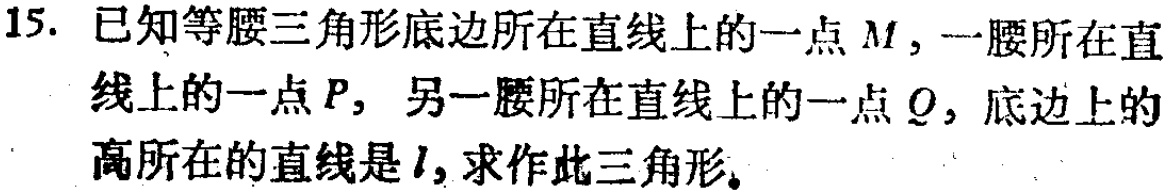
15. 已知等腰三角形底边所在直线上的一点 \(M\)，一腰所在直线上的一点 \(P\)，另一腰所在直线上的一点 \(Q\)，底边上的高所在的直线是 \(l\)，求作此三角形。